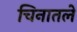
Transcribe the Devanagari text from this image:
चिनातले